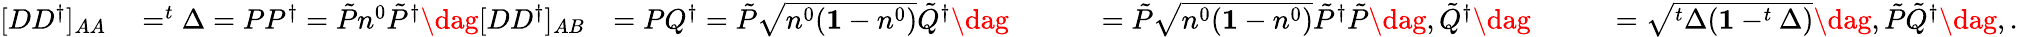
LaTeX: \begin{array}{rlrlr}{[DD^{\dagger}]_{AA}}&{{}=^{t}\Delta=PP^{\dagger}=\tilde{P}n^{0}\tilde{P}^{\dagger}\dag[DD^{\dagger}]_{AB}}&{=PQ^{\dagger}=\tilde{P}\sqrt{n^{0}(\mathbf{1}-n^{0})}\tilde{Q}^{\dagger}\dag}&{{}\qquad=\tilde{P}\sqrt{n^{0}(\mathbf{1}-n^{0})}\tilde{P}^{\dagger}\tilde{P}\dag,\tilde{Q}^{\dagger}\dag}&{\qquad=\sqrt{^t\Delta(\mathbf{1}-^{t}\Delta)}\dag,\tilde{P}\tilde{Q}^{\dagger}\dag,.}\end{array}